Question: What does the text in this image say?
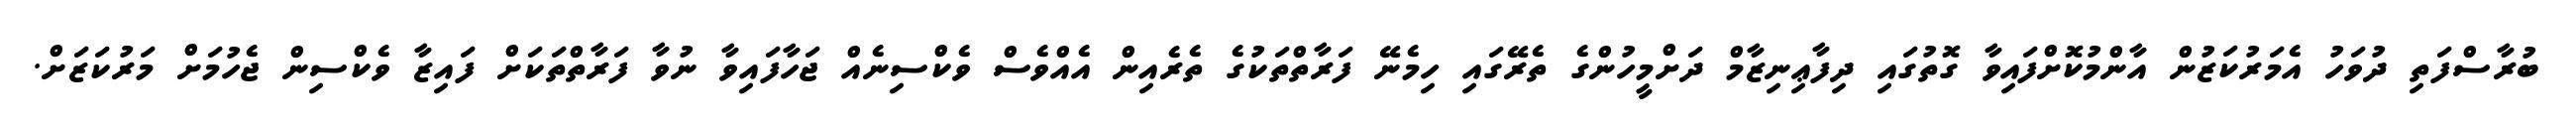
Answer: ބުރާސްފަތި ދުވަހު އެމަރުކަޒުން އާންމުކޮށްފައިވާ ގޮތުގައި ދިފާޢިނިޒާމް ދަށްމީހުންގެ ތެރޭގައި ހިމެނޭ ފަރާތްތަކުގެ ތެރެއިން އެއްވެސް ވެކްސިނެއް ޖަހާފައިވާ ނުވާ ފަރާތްތަކަށް ފައިޒާ ވެކްސިން ޖެހުމަށް މަރުކަޒަށް.